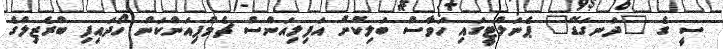
ސީ ގެ "ދަނގަޑޭ" ޕެނަލްޓީގައި ހަވާސް ބަލިކޮށް އަފިލިއަންސް ޗެމްޕިއަންކަން ހޯދައިފި ބްރެޒިލްގެ